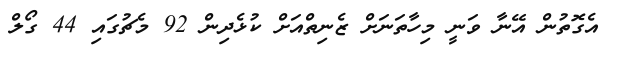
އެގޮތުން އޭނާ ވަނީ މިހާތަނަށް ޒެނިތްއަށް ކުޅެދިން 92 މެޗުގައި 44 ގޯލް